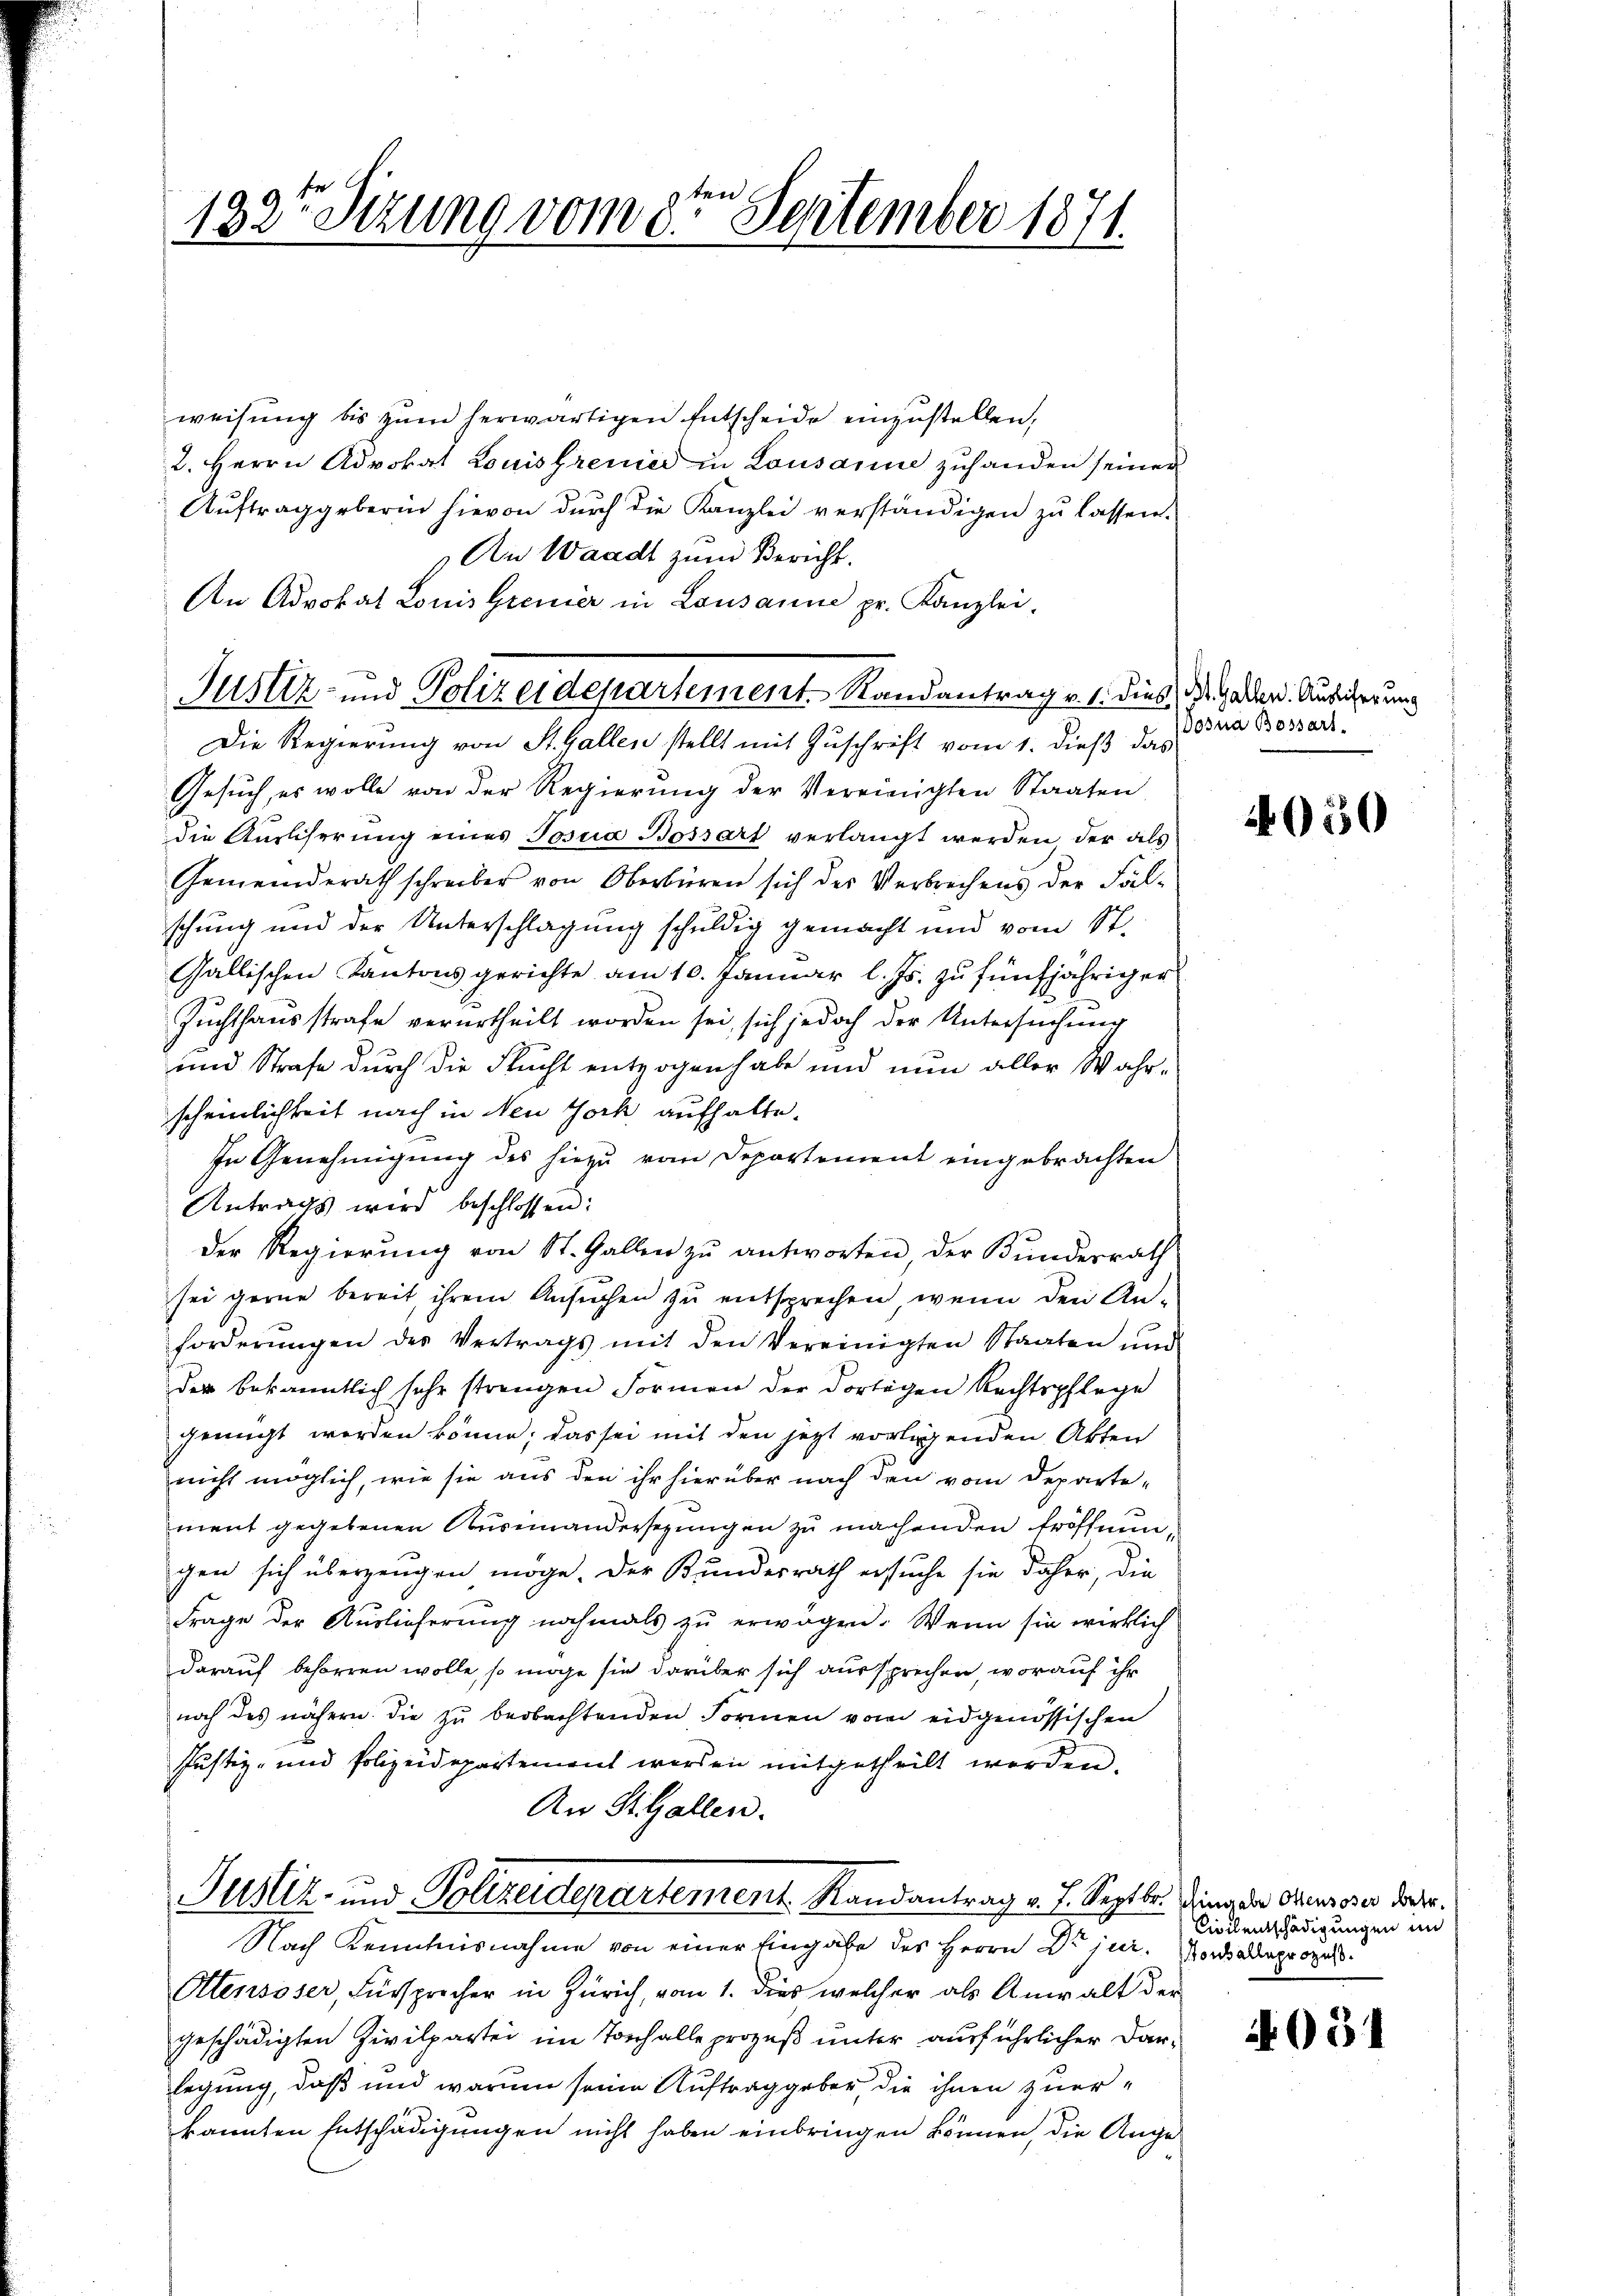
ten
182 Stzung vom 8. September 1871.

weisung bis zŭm herwärtigen Entscheide einzustellen,
2. Herrn Advokat Louisgrenier in Lausanne zuhanden seinen
Aŭftraggeberin hievon durch die Kanzlei verständigen zu lassen.
An Waadt zum Bericht.
An Advokat Louis Grenier in Lausanne pr. Kanzlei-
Die Regierung von St. Gallen stellt mit Zuschrift vom 1. dieß das
Gesuch, es wolle von der Regierung der Vereinigten Staaten
die Aussiserung eines Josua Bossart verlangt werden der als
Gemeinderath schreiber von Oberbüren sich der Verbrechens der Fälschung und der Unterschlagung schuldig gemacht und vom St.
Gallischen Kantonsgerichte am 10. Januar l. Js. zu fünfjähriger
Zuchthausstrafe verurtheilt worden sei, sich jedoch der Untersuchung
und Strafe durch die Flucht entzogen habe und nun aller Wahrscheinlichkeit nach in Neu Joch aufhalte.
In Genehmigung des hiezu vom Departement eingebrachten
Antrags wird beschlossen:
der Regierung von St. Gallen zu antworten, der Bundesrath
sei gerne bereit, ihrem Ansuchen zu entsprechen, wenn den An-
forderŭngen des Vertrags mit den Vereinigten Staaten und
der bekanntlich sehr strengen Formen der dortigen Rechtspflege
genügt worden könne; das sei mit den jetzt vorlagenden Akten
nicht möglich, wie sie aus den ihr hierüber nach den vom Departement gegebenen Auseinandersezungen zu machenden Eröffnungen sich überzeugen möge. Der Bundesrath ersuche sie daher, die
Frage der Auslieferung nochmals zu erwägen. Wenn sie wirklich
darauf behörren wolle, so möge sie darüber sich aussprechen, worauf ihr
noch des nähern. Die zu beobachtenden Formen vom eidgenössischen
Justiz- und Polizeidepartement werden mitgetheilt werden.
An St. Gallen.
Justiz- und Polizeidepartement Randantrag v. J. Septbr. Ding, das Obensoser dass
Nach Kenntnisnahme von einer Eingabe des Herrn Dr juri¬
Ottensoser, Fürsprecher in Zürich, vom 1. dies welcher als Anwalt der
geschädigten Zivilpartei im Tonhalle prozeß unter ausführlicher Darlegung, daß und warum seine Auftrag geber, die ihnen zuerkannten Entschädigungen nicht haben einbringen können, die Ange¬

Justiz- und Polizeidepartement. Randantrag v. 1. dies, das Gaden. Ausgerung

Dosna Bossart.

4050

Civilentschädigungen in
Honballaprozess.

051